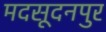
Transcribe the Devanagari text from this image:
मदसूदनपुर